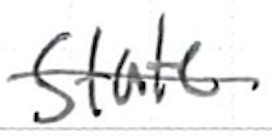
Text: state
Cross-out: mix
Writing tool: ballpoint